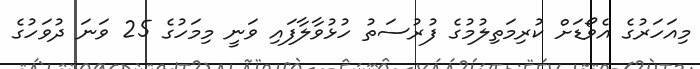
މިއަހަރުގެ އެވޯޑަށް ކުރިމަތިލުމުގެ ފުރުސަތު ހުޅުވާލާފައި ވަނީ މިމަހުގެ 25 ވަނަ ދުވަހުގެ